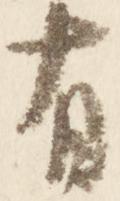
有